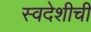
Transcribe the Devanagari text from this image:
स्वदेशीची